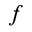
f